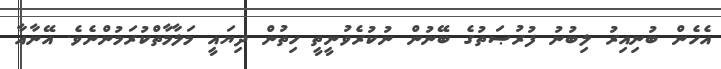
އެހެން ބުނިއިރު ލިބުނު ފުރުޞަތުގެ ބޭނުން ނުކުރެވުނީތީ ހިތުން ދިޔައީ މަލާމާތްކުރަމުންނެވެ. އޭނާއާ